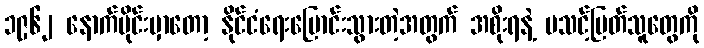
၁၉၆၂ နောက်ပိုင်းမှာတော့ နိုင်ငံရေးပြောင်းသွားတဲ့အတွက် အစိုးရနဲ့ မသင့်မြတ်သူတွေကို